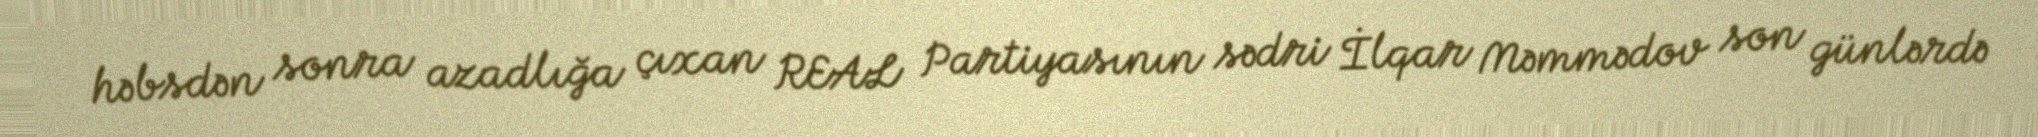
həbsdən sonra azadlığa çıxan REAL Partiyasının sədri İlqar Məmmədov son günlərdə